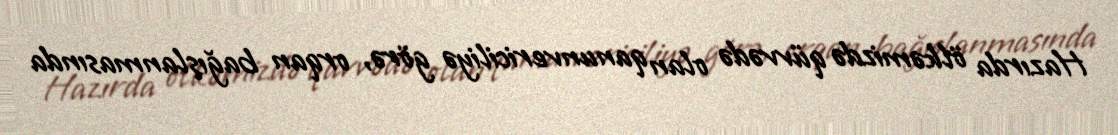
Hazırda ölkəmizdə qüvvədə olan qanunvericiliyə görə, orqan bağışlanmasında